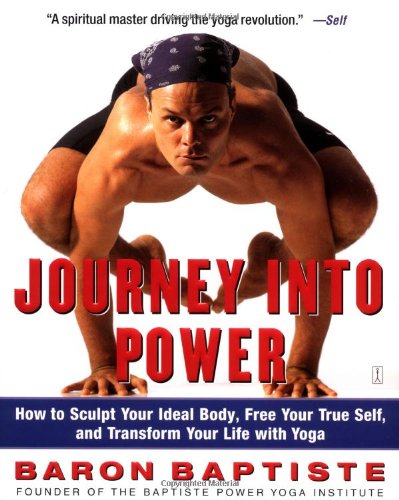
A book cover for Journey Into Power; Baron Baptiste; Health, Fitness & Dieting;